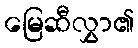
မြေဆီလွှာ၏